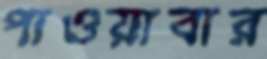
পাওয়াবার